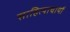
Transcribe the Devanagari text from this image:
साहित्याचार्यो